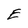
Character: E